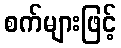
စက်များဖြင့်